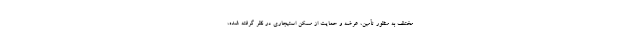
مختلف به منظور تأمین، عرضه و حمایت از مسکن استیجاری در نظر گرفته شده،